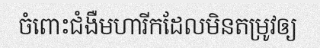
ចំពោះជំងឺមហារីកដែលមិនតម្រូវឲ្យ